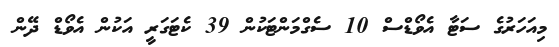
މިއަހަރުގެ ސަޓާ އެވޯޑްސް 10 ސެގްމަންޓަކުން 39 ކެޓަގަރީ އަކުން އެވޯޑް ދޭން